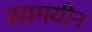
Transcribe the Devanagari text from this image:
सामयीन